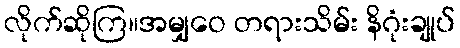
လိုက်ဆိုကြ။အမျှဝေ တရားသိမ်း နိဂုံးချုပ်